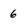
Character: 6